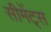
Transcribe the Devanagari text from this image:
सीमेंट्स